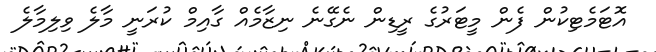
އޮޓަމެޓިކުން ފެން މީޓަރުގެ ރީޑިން ނެގޭނެ ނިޒާމެއް ގާއިމް ކުރަނީ މާލެ ވިލިމާލެ